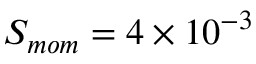
S _ { m o m } = 4 \times 1 0 ^ { - 3 }